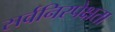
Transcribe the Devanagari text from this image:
सर्वनिरपेक्षता